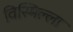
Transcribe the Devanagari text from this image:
विस्मिल्ला